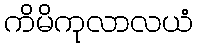
ကိမိကုလာလယံ